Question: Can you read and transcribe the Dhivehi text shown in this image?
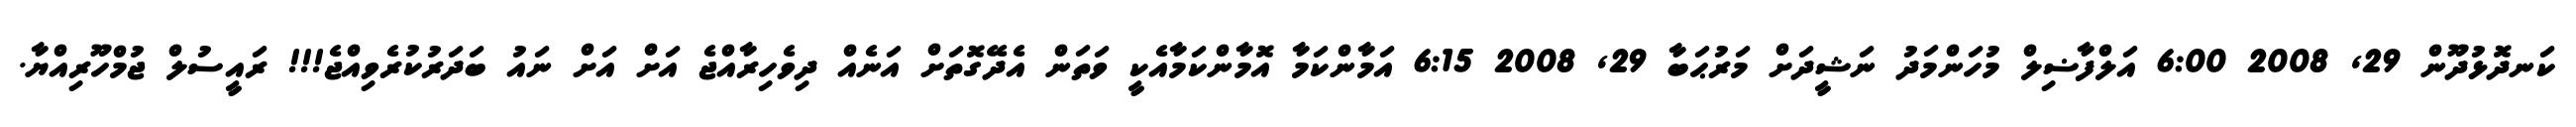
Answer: ކަނދޮޅުދޫން 29, 2008 6:00 އަލްފާޟިލް މުހަންމަދު ނަޝީދަށް މަރުޙަބާ 29, 2008 6:15 އަމާންކަމާ އޮމާންކަމާއެކީ ވަތަން އެދޭގޮތަށް އަނެއް ދިވެހިރާއްޖެ އަށް އަށް ނައު ބަދަރުކުރެވިއްޖެ!!! ރައީސުލް ޖުމްހޫރިއްޔާ.